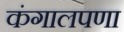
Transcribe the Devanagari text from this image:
कंगालपणा